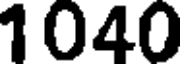
1040